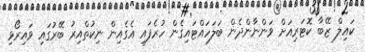
ކައިލް ޒޭބާ ކޮޓަރިއަށް ވަންނާންދެން ބަލަހައްޓައިގެން ހުރެފައި އެގެއިން ނިކުތްއިރު ބޭރުގައި ވައިރޯޅި